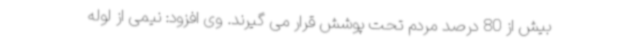
بیش از 80 درصد مردم تحت پوشش قرار می گیرند. وی افزود: نیمی از لوله